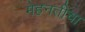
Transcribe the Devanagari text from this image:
मेहनतीचा